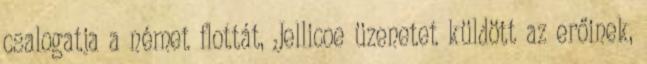
csalogatja a német flottát, Jellicoe üzenetet küldött az erőinek,